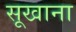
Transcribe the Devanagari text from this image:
सूखाना